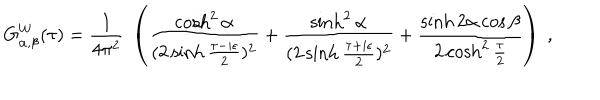
LaTeX: G _ { \alpha , \beta } ^ { W } ( \tau ) = { \frac { 1 } { 4 \pi ^ { 2 } } } ~ \left( { \frac { \cosh ^ { 2 } \alpha } { ( 2 \sinh { \frac { \tau - i \epsilon } { 2 } } ) ^ { 2 } } } + { \frac { \sinh ^ { 2 } \alpha } { ( 2 \sinh { \frac { \tau + i \epsilon } { 2 } } ) ^ { 2 } } } + { \frac { \sinh 2 \alpha \cos \beta } { 2 \cosh ^ { 2 } { \frac { \tau } { 2 } } } } \right) ~ ,